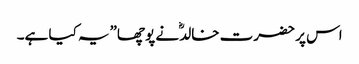
اس پر حضرت خالدؓ نے پوچھا”یہ کیا ہے۔